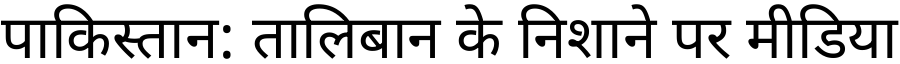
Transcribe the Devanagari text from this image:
पाकिस्तान: तालिबान के निशाने पर मीडिया